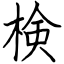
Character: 検